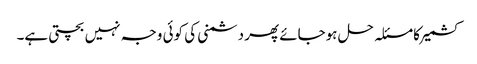
کشمیر کا مسئلہ حل ہوجائے پھر دشمنی کی کوئی وجہ نہیں بچتی ہے۔